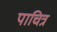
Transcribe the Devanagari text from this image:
पाचित्र